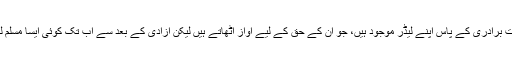
یہ سیکولر پارٹیوں کی سیاسی اورانتخابی محبت کا ہی نتیجہ ہے کہ ہندوستان میں ہر قوم اور ذات برادری کے پاس اپنے لیڈر موجود ہیں، جو ان کے حق کے لیے آواز اٹھاتے ہیں لیکن آزادی کے بعد سے اب تک کوئی ایسا مسلم لیڈر نصیب نہیں ہوا ہے جو ان کی رہنمائی کرسکے اور ان کے حق کے لیے آواز بلند کرسکے۔